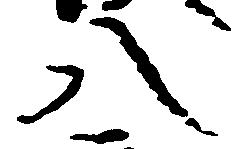
八